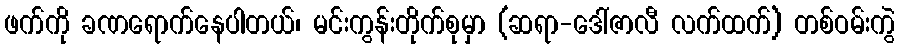
ဖက်ကို ခဏရောက်နေပါတယ်၊ မင်းကွန်းတိုက်စုမှာ (ဆရာ-ဒေါ်ဇာလီ လက်ထက်) တစ်ဝမ်းကွဲ